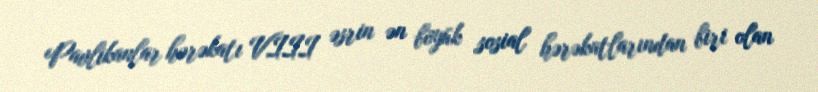
Pavlikanlar hərəkatı VIII əsrin ən böyük sosial hərəkatlarından biri olan